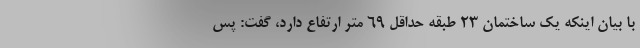
با بیان اینکه یک ساختمان ۲۳ طبقه حداقل ۶۹ متر ارتفاع دارد، گفت: پس